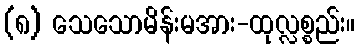
(၈) သေသောမိန်းမအား-ထုလ္လစ္စည်း။